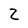
Character: Z